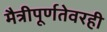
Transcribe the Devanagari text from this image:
मैत्रीपूर्णतेवरही